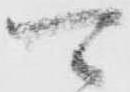
可